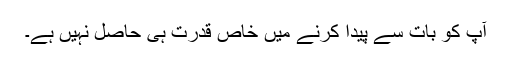
آپ کو بات سے پیدا کرنے میں خاص قدرت ہی حاصل نہیں ہے۔